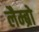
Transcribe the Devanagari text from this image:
लैम्ब्रो